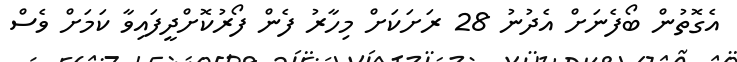
އެގޮތުން ބޯފެނަށް އެދުނު 28 ރަށަކަށް މިހާރު ފެން ފޯރުކޮށްދީފައިވާ ކަމަށް ވެސް